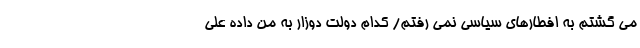
می گشتم به افطارهای سیاسی نمی رفتم/ کدام دولت دوزار به من داده علی